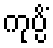
ကုပ္ပိံ